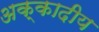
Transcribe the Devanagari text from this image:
अक्कादीय